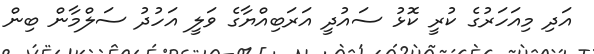
އަދި މިއަހަރުގެ ކުރީ ކޮޅު ސައުދީ އަރަބިއްޔާގެ ވަލީ އަހުދު ސަލްމާން ބިން